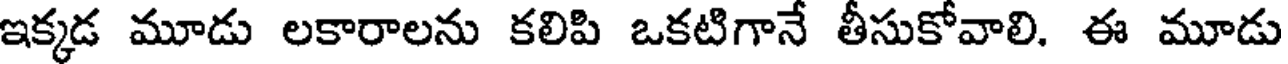
ఇక్కడ మూడు లకారాలను కలిపి ఒకటిగానే తీసుకోవాలి. ఈ మూడు